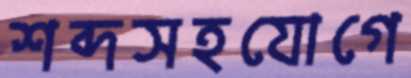
শব্দসহযোগে